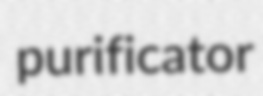
purificator